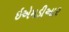
ઇએમડીઆર